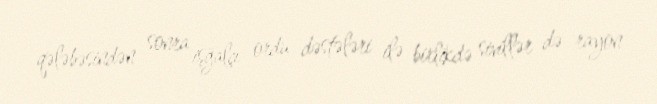
qələbəsindən sonra işğalçı ordu dəstələri ilə birlikdə sivillər də rayon